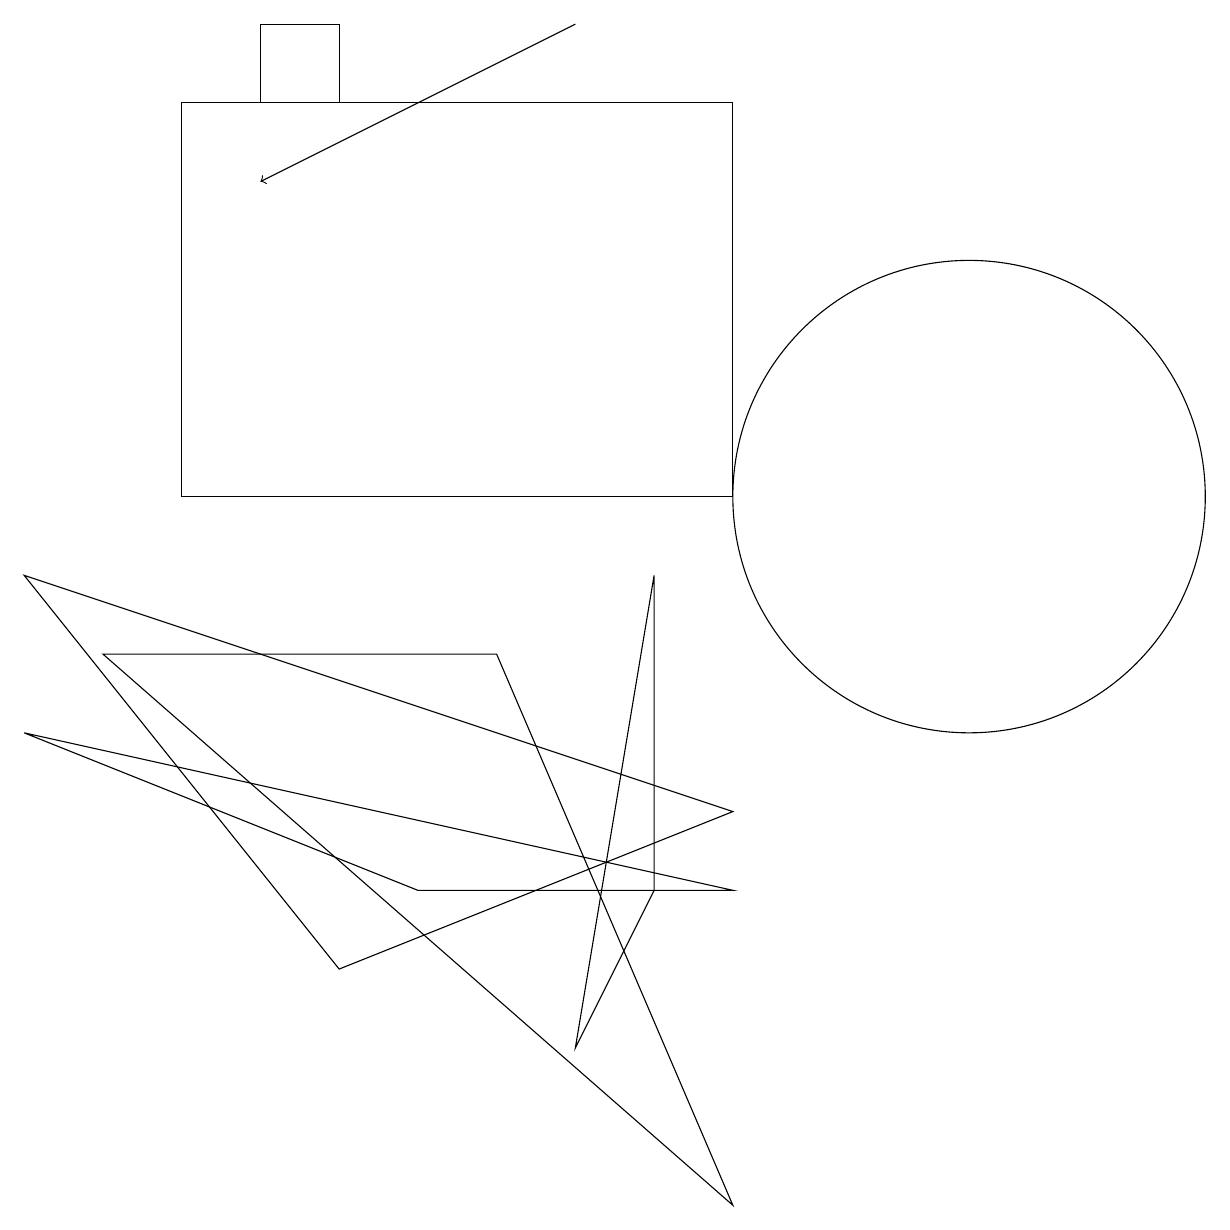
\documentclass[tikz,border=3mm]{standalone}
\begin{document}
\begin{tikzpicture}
\draw (5,5) -- (9,5) -- (0,7) -- cycle;
\draw (9,6) -- (0,9) -- (4,4) -- cycle;
\draw[->] (7,16) -- (3,14);
\draw (4,15) rectangle (3,16);
\draw (7,3) -- (8,9) -- (8,5) -- cycle;
\draw (6,8) -- (9,1) -- (1,8) -- cycle;
\draw (2,10) rectangle (9,15);
\draw (12,10) circle (3);
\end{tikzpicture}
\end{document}